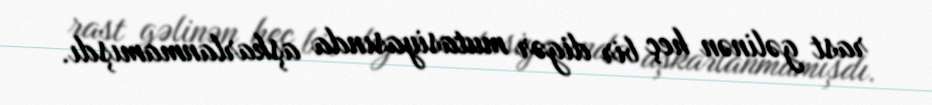
rast gəlinən heç bir digər mutasiyasında aşkarlanmamışdı.